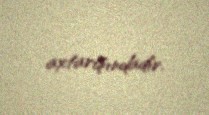
axtarışındadır.